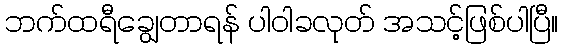
ဘက်ထရီချွေတာရန် ပါဝါခလုတ် အသင့်ဖြစ်ပါပြီ။